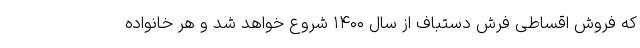
که فروش اقساطی فرش دستباف از سال ۱۴۰۰ شروع خواهد شد و هر خانواده